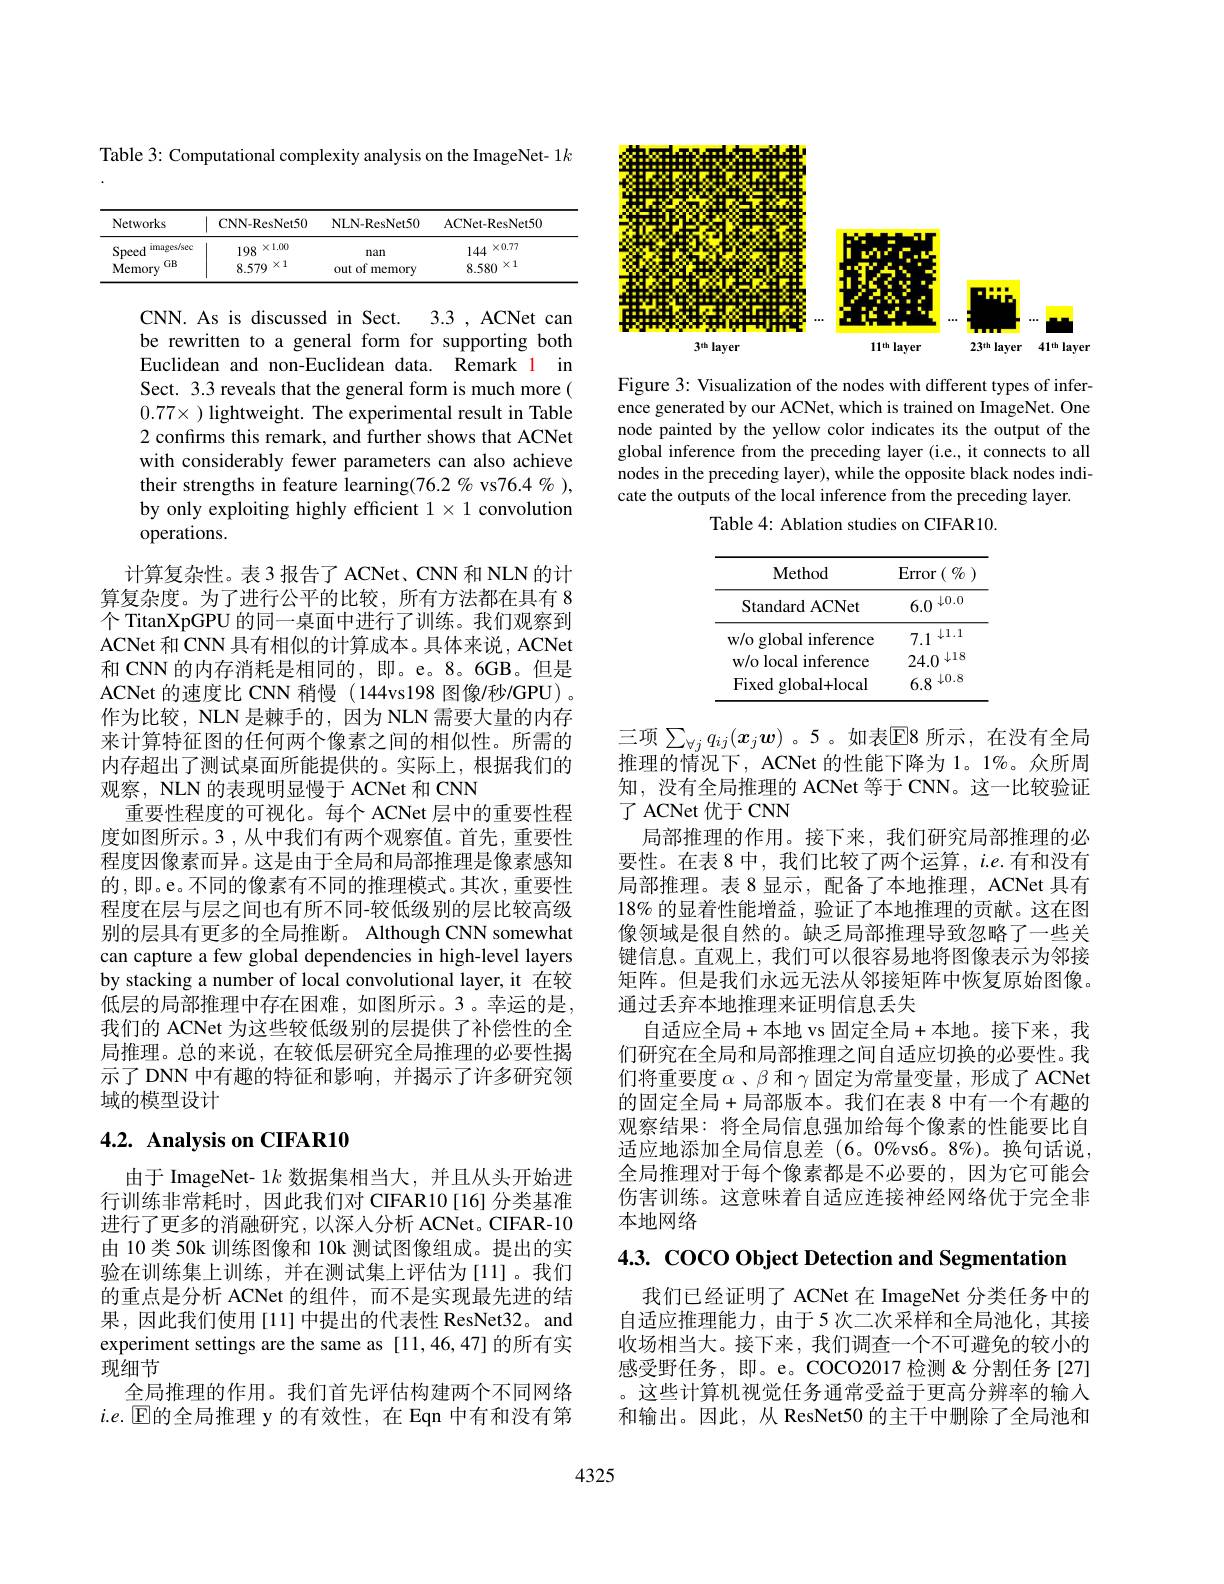
Table 3: Computational complexity analysis on the ImageNet- 1$k$

<table>
	<tbody>
		<tr>
			<th>Networks</th>
			<th>CNN-ResNet50</th>
			<th>NLN-ResNet50</th>
			<th>ACNet- ResNet5(</th>
		</tr>
		<tr>
			<td>images/sec Speed</td>
			<td>198 $x1.00$</td>
			<td>nan</td>
			<td>144 $x0.77$</td>
		</tr>
		<tr>
			<td>GB Memory</td>
			<td>8.579 $X1$</td>
			<td>out of memory</td>
			<td>8.580 $X1$</td>
		</tr>
	</tbody>
</table>

CNN. As is discussed in Sect. 3.3 , ACNet can be rewritten to a general form for supporting both Euclidean and non-Euclidean data. Remark
 in
Sect. 3.3 reveals that the general form is much more( $0.77\times$ ) lightweight. The experimental result in Table 2 confirms this remark, and further shows that ACNet with considerably fewer parameters can also achieve their strengths in feature learning(76.2 % vs76.4 % ), by only exploiting highly efficient $1\times1$ convolution operations.

计算复杂性。表 3 报告了 ACNet、CNN 和 NLN 的计算复杂度。为了进行公平的比较，所有方法都在具有 8个 TitanXpGPU 的同一桌面中进行了训练。我们观察到ACNet 和 CNN 具有相似的计算成本。具体来说，ACNet 和 CNN 的内存消耗是相同的，即。e。8。6GB。但是ACNet 的速度比 CNN 稍慢 (144vs198 图像/秒/GPU)。作为比较，NLN 是棘手的，因为 NLN 需要大量的内存来计算特征图的任何两个像素之间的相似性。所需的内存超出了测试桌面所能提供的。实际上，根据我们的观察，NLN 的表现明显慢于 ACNet 和 CNN
重要性程度的可视化。每个 ACNet 层中的重要性程度如图所示。3 ,从中我们有两个观察值。首先，重要性程度因像素而异。这是由于全局和局部推理是像素感知的，即。e。不同的像素有不同的推理模式。其次，重要性程度在层与层之间也有所不同-较低级别的层比较高级别的层具有更多的全局推断。Although CNN somewhat can capture a few global dependencies in high-level layers by stacking a number of local convolutional layer, it 在较低层的局部推理中存在困难，如图所示。3。幸运的是， 我们的 ACNet 为这些较低级别的层提供了补偿性的全局推理。总的来说，在较低层研究全局推理的必要性揭示了 DNN 中有趣的特征和影响，并揭示了许多研究领域的模型设计

# 4.2. Analysis on CIFAR10

由于 ImageNet- $1k$数据集相当大，并且从头开始进行训练非常耗时，因此我们对 CIFAR10[16] 分类基准进行了更多的消融研究，以深人分析 ACNet。CIFAR-10由 10 类 50k 训练图像和 10k 测试图像组成。提出的实验在训练集上训练，并在测试集上评估为[11]。我们的重点是分析 ACNet 的组件，而不是实现最先进的结果，因此我们使用[11]中提出的代表性 ResNet32。and experiment settings are the same as [11,46,47] 的所有实现细节
全局推理的作用。我们首先评估构建两个不同网络$i.e.$ $\operatorname{E}$的全局推理 y 的有效性，在 Eqn 中有和没有第

<FigureHere>

Figure 3: Visualization of the nodes with different types of inference generated by our ACNet, which is trained on ImageNet. One node painted by the yellow color indicates its the output of the global inference from the preceding layer (i.e., it connects to all nodes in the preceding layer), while the opposite black nodes indicate the outputs of the local inference from the preceding layer.
Table 4: Ablation studies on CIFAR10.

<table>
	<tbody>
		<tr>
			<th>Method</th>
			<th>$\operatorname{Error}\left(\begin{array}{c}{{0/0}}\end{array}\right)$</th>
		</tr>
		<tr>
			<td>${\mathrm{Standard~ACNet}}$</td>
			<td>$\downarrow0.0$ 6.0</td>
		</tr>
		<tr>
			<td>w/o global inference</td>
			<td>$\downarrow1.1$ 7.1</td>
		</tr>
		<tr>
			<td>w/o local inference</td>
			<td>24.0 $\downarrow18$</td>
		</tr>
		<tr>
			<td>Fixed global+local</td>
			<td>$\downarrow0.8$ 6.8</td>
		</tr>
	</tbody>
</table>

三项 $\sum_{\forall j}q_{ij}(\boldsymbol{x}_j\boldsymbol{w})$ 。5 。如表$\overline{\mathbb{E}}$8 所示，在没有全局推理的情况下，ACNet 的性能下降为 1。1%。众所周知，没有全局推理的 ACNet 等于 CNN。这一比较验证了 ACNet 优于 CNN
局部推理的作用。接下来，我们研究局部推理的必要性。在表 8 中，我们比较了两个运算，$i.e.$有和没有局部推理。表 8 显示，配备了本地推理，ACNet 具有$18\%$的显着性能增益，验证了本地推理的贡献。这在图像领域是很自然的。缺乏局部推理导致忽略了一些关键信息。直观上，我们可以很容易地将图像表示为邻接矩阵。但是我们永远无法从邻接矩阵中恢复原始图像。通过丢弃本地推理来证明信息丢失
自适应全局+本地 vs 固定全局+本地。接下来，我们研究在全局和局部推理之间自适应切换的必要性。我们将重要度$\alpha$ 、$\beta$和 γ固定为常量变量，形成了 ACNet 的固定全局+局部版本。我们在表 8 中有一个有趣的观察结果：将全局信息强加给每个像素的性能要比自适应地添加全局信息差(6。0%vs6。8%)。换句话说， 全局推理对于每个像素都是不必要的，因为它可能会伤害训练。这意味着自适应连接神经网络优于完全非本地网络

4.3. COCO Object Detection and Segmentation

我们已经证明了 ACNet 在 ImageNet 分类任务中的自适应推理能力，由于5次二次采样和全局池化，其接收场相当大。接下来，我们调查一个不可避免的较小的感受野任务，即。e。COCO2017 检测&分割任务[27] 。这些计算机视觉任务通常受益于更高分辨率的输入和输出。因此，从 ResNet50 的主干中删除了全局池和

4325